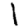
Digit: 1